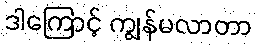
ဒါကြောင့် ကျွန်မလာတာ